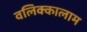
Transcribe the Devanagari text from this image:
वलिक्कालाम